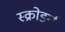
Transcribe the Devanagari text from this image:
स्क्रोडर्स